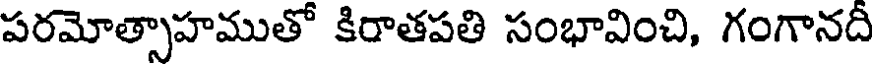
పరమోత్సాహముతో కిరాతపతి సంభావించి, గంగానదీ